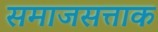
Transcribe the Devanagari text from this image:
समाजसत्ताक